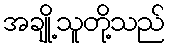
အချို့သူတို့သည်